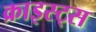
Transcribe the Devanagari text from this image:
क्राइस्ट्स